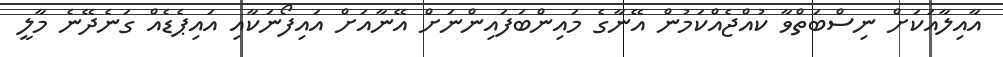
އާއިލާއަކަށް ނިސްބަތްވާ ކުއްޖެއްކަމުން އޭނާގެ މައިންބަފައިންނަށް އޭނާއަށް އައިފޯނަކާއި އައިޕެޑެއް ގަނެދޭނެ މާލީ